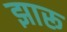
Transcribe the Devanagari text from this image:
झारू